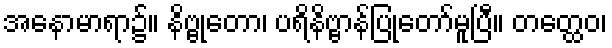
အနောမာရာ၌။ နိဗ္ဗုတော၊ ပရိနိဗ္ဗာန်ပြုတော်မူပြီ။ တတ္ထေဝ၊